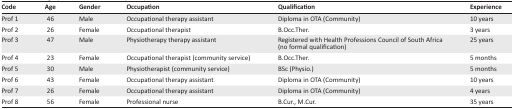
| Code | Age | Gender | Occupation | Qualification | Experience |
 | --- | --- | --- | --- | --- | --- |
 | Prof 1 | 46 | Male | Occupational therapy assistant | Diploma in OTA (Community) | 10 years |
 | Prof 2 | 26 | Female | Occupational therapist | B.Occ.Ther. | 3 years |
 | Prof 3 | 47 | Male | Physiotherapy therapy assistant | Registered with Health Professions Council of South Africa (no formal qualification) | 25 years |
 | Prof 4 | 23 | Female | Occupational therapist (community service) | B.Occ.Ther. | 5 months |
 | Prof 5 | 30 | Male | Physiotherapist (community service) | BSc (Physio.) | 5 months |
 | Prof 6 | 43 | Female | Occupational therapy assistant | Diploma in OTA (Community) | 10 years |
 | Prof 7 | 26 | Female | Occupational therapy assistant | Diploma in OTA (Community) | 4 years |
 | Prof 8 | 56 | Female | Professional nurse | B.Cur., M.Cur. | 35 years |